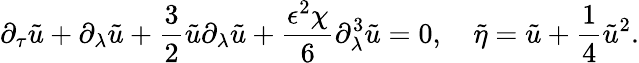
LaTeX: \partial_{\tau}\tilde{u}+\partial_{\lambda}\tilde{u}+\frac{3}{2}\tilde{u}\partial_{\lambda}\tilde{u}+\frac{\epsilon^{2}\chi}{6}\partial_{\lambda}^{3}\tilde{u}=0,~~~~\tilde{\eta}=\tilde{u}+\frac{1}{4}\tilde{u}^{2}.